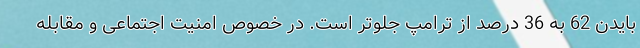
بایدن 62 به 36 درصد از ترامپ جلوتر است. در خصوص امنیت اجتماعی و مقابله